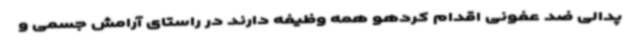
پدالی ضد عفونی اقدام کردهو همه وظیفه دارند در راستای آرامش جسمی و